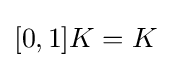
{\textstyle [0,1]K=K}